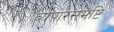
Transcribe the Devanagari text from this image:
व्यपारसमष्टि